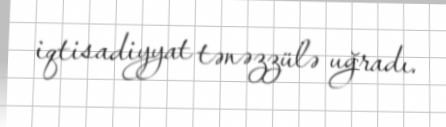
iqtisadiyyat tənəzzülə uğradı.